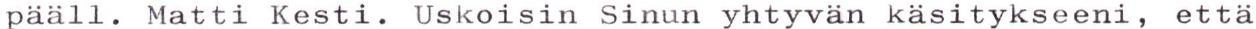
pääll. Matti Kesti. Uskoisin Sinun yhtyvän käsitykseeni, että